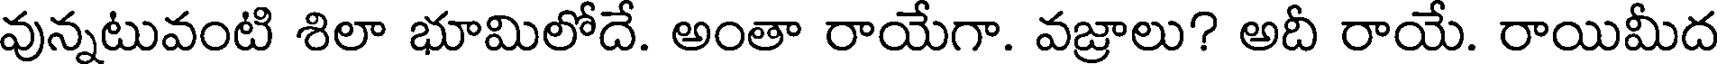
వున్నటువంటి శిలా భూమిలోదే. అంతా రాయేగా. వజ్రాలు? అదీ రాయే. రాయిమీద